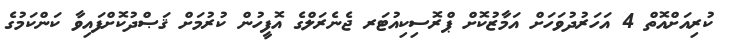
ކުރިއަށްއޮތް 4 އަހަރުދުވަހަށް އަމާޒުކޮށް ޕްރޮސިކިއުޓަރ ޖެނެރަލްގެ އޮފީހުން ކުރުމަށް ޤަޞްދުކޮށްފައިވާ ކަންކަމުގެ